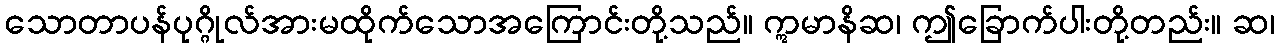
သောတာပန်ပုဂ္ဂိုလ်အားမထိုက်သောအကြောင်းတို့သည်။ ဣမာနိဆ၊ ဤခြောက်ပါးတို့တည်း။ ဆ၊